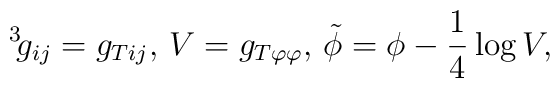
\,^3 \! g_{ij} = g_{Tij},\, V = g_{T\varphi\varphi},\, \tilde{\phi}= \phi -  \frac{1}{4} \log V,